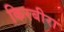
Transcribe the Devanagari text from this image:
किरबीरा